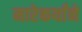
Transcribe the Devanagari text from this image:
मारेकर्यांने